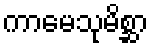
ကာမေသုမိစ္ဆာ